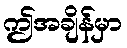
ဤအချိန်မှာ